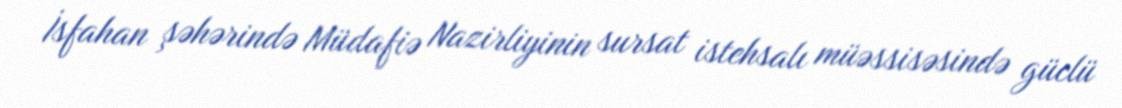
İsfahan şəhərində Müdafiə Nazirliyinin sursat istehsalı müəssisəsində güclü